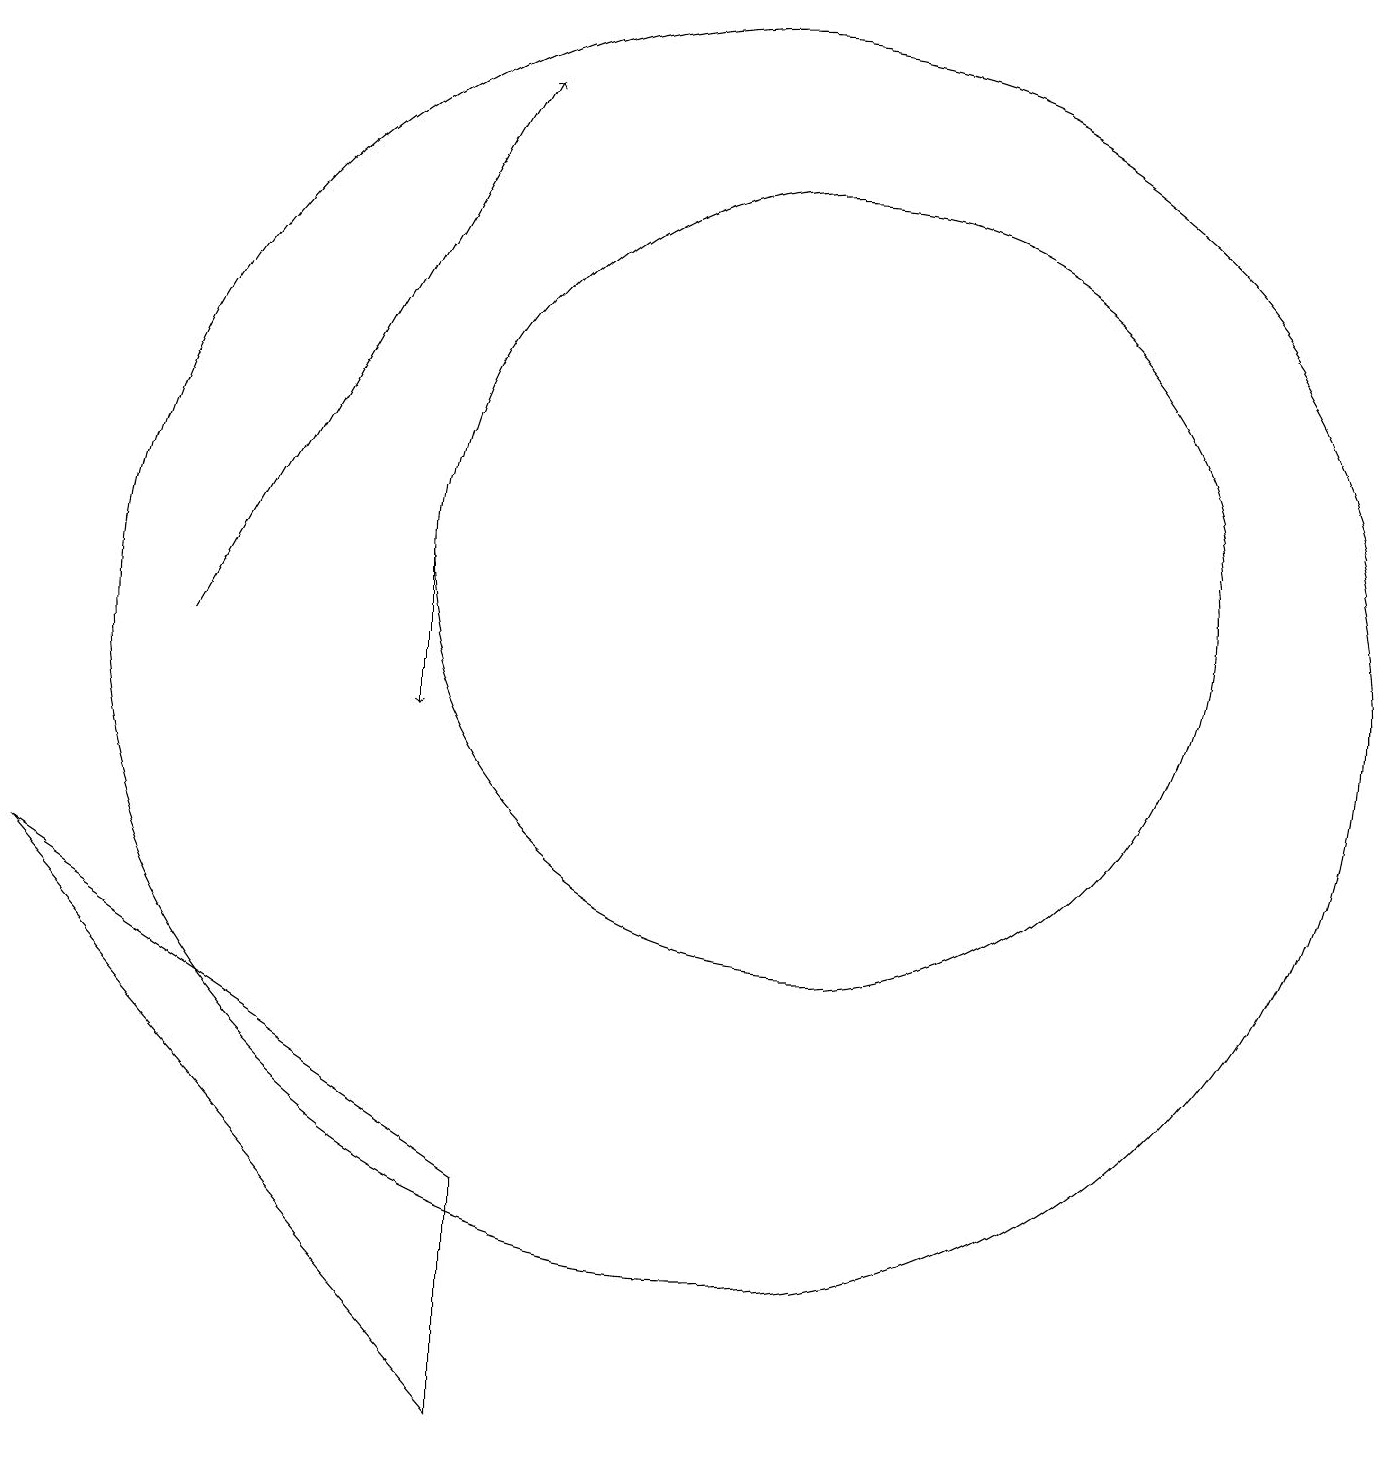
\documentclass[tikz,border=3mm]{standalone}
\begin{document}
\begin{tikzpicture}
\draw (11,12) circle (5);
\draw[->] (6,12) -- (6,10);
\draw (7,1) -- (1,8) -- (7,4) -- cycle;
\draw[->] (3,11) -- (7,18);
\draw (10,11) circle (8);
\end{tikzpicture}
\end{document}